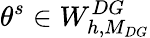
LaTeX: \theta^{s}\in W_{h,M_{DG}}^{DG}